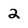
Character: 2